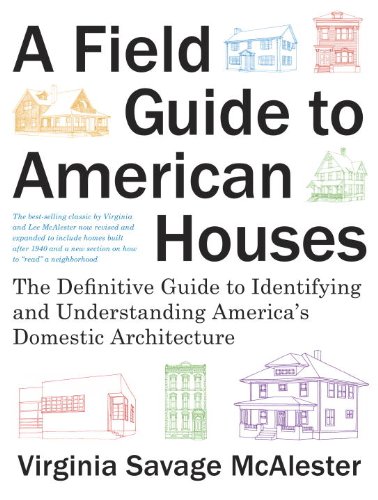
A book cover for A Field Guide to American Houses (Revised): The Definitive Guide to Identifying and Understanding America's Domestic Architecture; Virginia Savage McAlester; Crafts, Hobbies & Home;